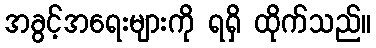
အခွင့်အရေးများကို ရရှိ ထိုက်သည်။